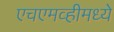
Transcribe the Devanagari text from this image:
एचएमव्हीमध्ये